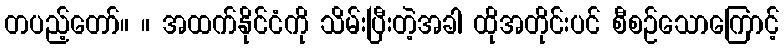
တပည့်တော်။ ။ အထက်နိုင်ငံကို သိမ်းပြီးတဲ့အခါ ထိုအတိုင်းပင် စီစဉ်သောကြောင့်